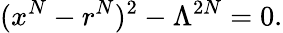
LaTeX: (x^{N}-r^{N})^{2}-\Lambda^{2N}=0.